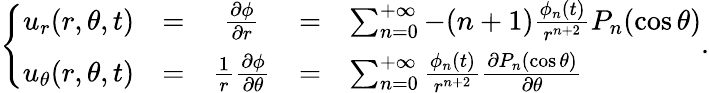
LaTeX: \left\{ \begin{array}{rcccl}{u_{r}(r,\theta,t)}&{=}&{\frac{\partial\phi}{\partial r}}&{=}&{\sum_{n=0}^{+\infty}-(n+1)\frac{\phi_{n}(t)}{r^{n+2}}P_{n}(\cos\theta)}\\ {u_{\theta}(r,\theta,t)}&{=}&{\frac{1}{r}\frac{\partial\phi}{\partial\theta}}&{=}&{\sum_{n=0}^{+\infty}\frac{\phi_{n}(t)}{r^{n+2}}\frac{\partial P_{n}(\cos\theta)}{\partial\theta}}\end{array}\right..